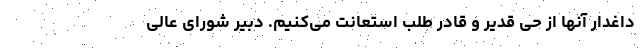
داغدار آنها از حی قدیر و قادر طلب استعانت می‌کنیم. دبیر شورای عالی